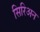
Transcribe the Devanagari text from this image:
सिरिअन